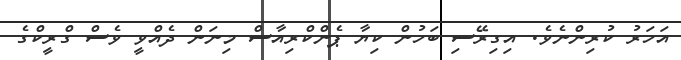
އަހަރު ކުރިންނެވެ. އިގިރޭސި ބަހުން ކިޔާ ޕެންކްރިއާސް މިނަން ދެއްވީ ވެސް ގްރީކްގެ